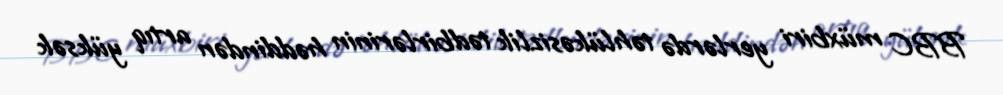
BBC müxbiri yerlərdə təhlükəsizlik tədbirlərinin həddindən artıq yüksək